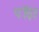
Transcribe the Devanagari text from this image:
पॉद्दा